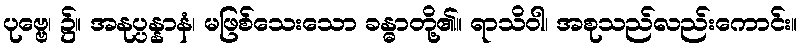
ပုဗ္ဗေ၊ ၌။ အနုပ္ပန္နာနံ၊ မဖြစ်သေးသော ခန္ဓာတို့၏။ ရာသိဝါ၊ အစုသည်လည်းကောင်း။